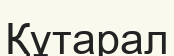
Құтарал